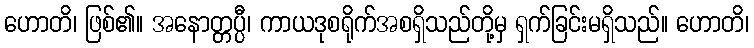
ဟောတိ၊ ဖြစ်၏။ အနောတ္တပ္ပီ၊ ကာယဒုစရိုက်အစရှိသည်တို့မှ ရှက်ခြင်းမရှိသည်။ ဟောတိ၊